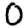
Digit: 0